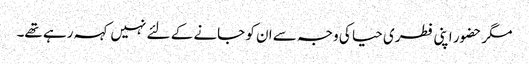
مگر حضور اپنی فطری حیا کی وجہ سے ان کو جانے کے لئے نہیں کہہ رہے تھے۔